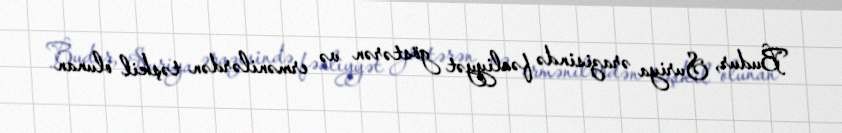
Budur, Suriya ərazisində fəaliyyət göstərən və ermənilərdən təşkil olunan